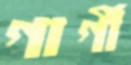
গার্গী